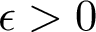
\epsilon > 0